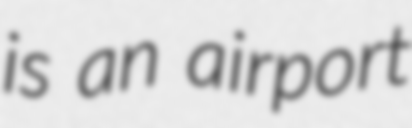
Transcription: is an airport